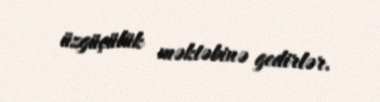
üzgüçülük məktəbinə gedirlər.